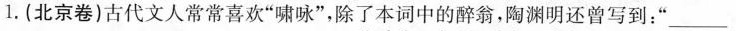
1.(北京卷)古代文人常常喜欢”啸咏”，除了本词中的醉翁，陶渊明还曾写到：”_